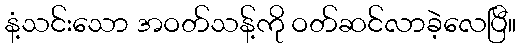
နံ့သင်းသော အဝတ်သန့်ကို ဝတ်ဆင်လာခဲ့လေပြီ။